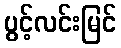
ပွင့်လင်းမြင်